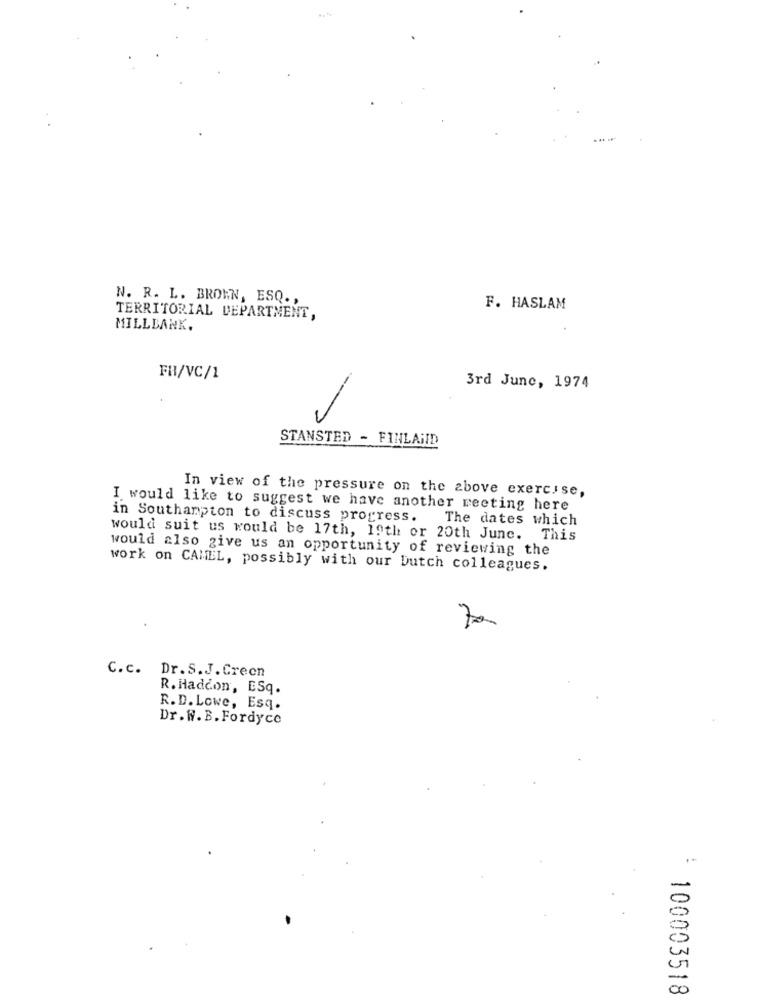
N. R. L. BROWN, ESQ. ,
F. HASLAM
TERRITORIAL DEPARTMENT,
MILLBANK,
FR/VC/1
3rd June, 1974
STANSTED - FINLAND
In view of the pressure on the above exercise,
I would like to suggest we have another meeting here
in Southampton to discuss progress. The dates which
would suit us would be 17th, 19th or 20th June. This
would also give us an opportunity of reviewing the
work on CAMEL, possibly with our Dutch colleagues.
70
C.c.
Dr.S.J.Creen
R. Haddon, ESq.
R.D. Lowe, Esq.
Dr.W.B.Fordyce
:
100003518